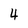
Character: 4